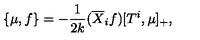
\left\{ \mu , f \right\} = - \frac { 1 } { 2 k } ( \overline { X } _ { i } f ) [ T ^ { i } , \mu ] _ { + } ,